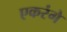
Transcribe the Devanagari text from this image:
एकरंगे